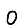
Digit: 0